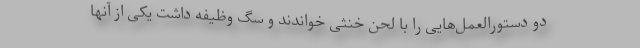
دو دستورالعمل‌هایی را با لحن خنثی خواندند و سگ وظیفه داشت یکی از آنها